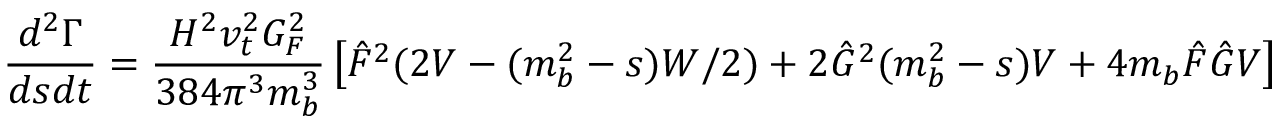
{ \frac { d ^ { 2 } \Gamma } { d s d t } } = { \frac { H ^ { 2 } v _ { t } ^ { 2 } G _ { F } ^ { 2 } } { 3 8 4 \pi ^ { 3 } m _ { b } ^ { 3 } } } \left[ \hat { F } ^ { 2 } ( 2 V - ( m _ { b } ^ { 2 } - s ) W / 2 ) + 2 \hat { G } ^ { 2 } ( m _ { b } ^ { 2 } - s ) V + 4 m _ { b } \hat { F } \hat { G } V \right]